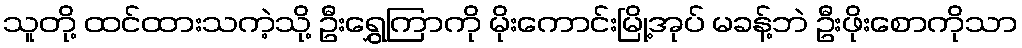
သူတို့ ထင်ထားသကဲ့သို့ ဦးရွှေကြာကို မိုးကောင်းမြို့အုပ် မခန့်ဘဲ ဦးဖိုးစောကိုသာ